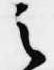
之